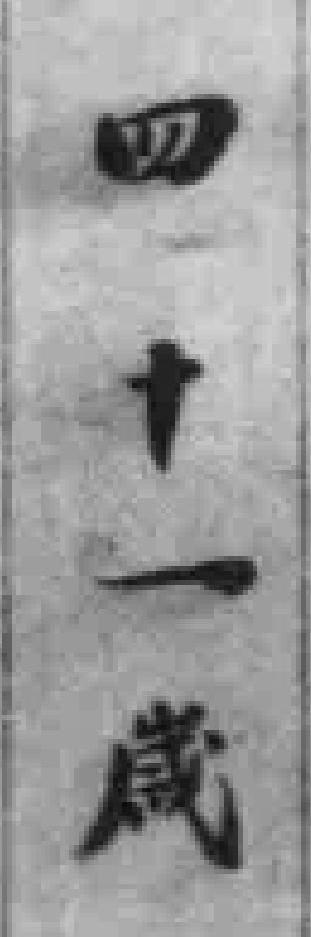
四十一嵗